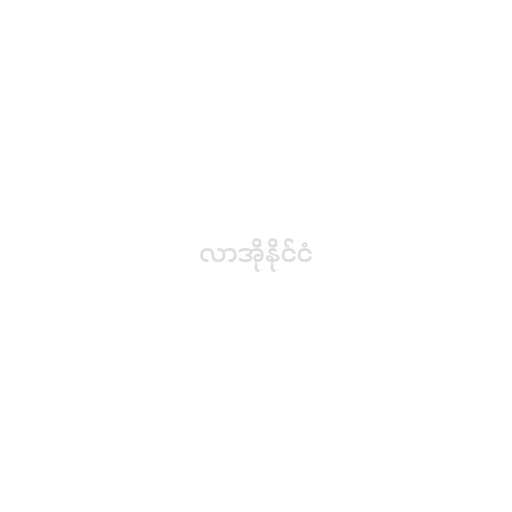
လာအိုနိုင်ငံ